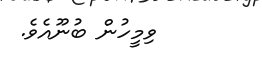
ވިމީހުން ބުނޫއެވެ.